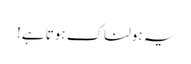
یہ ہولناک ہوتا ہے!